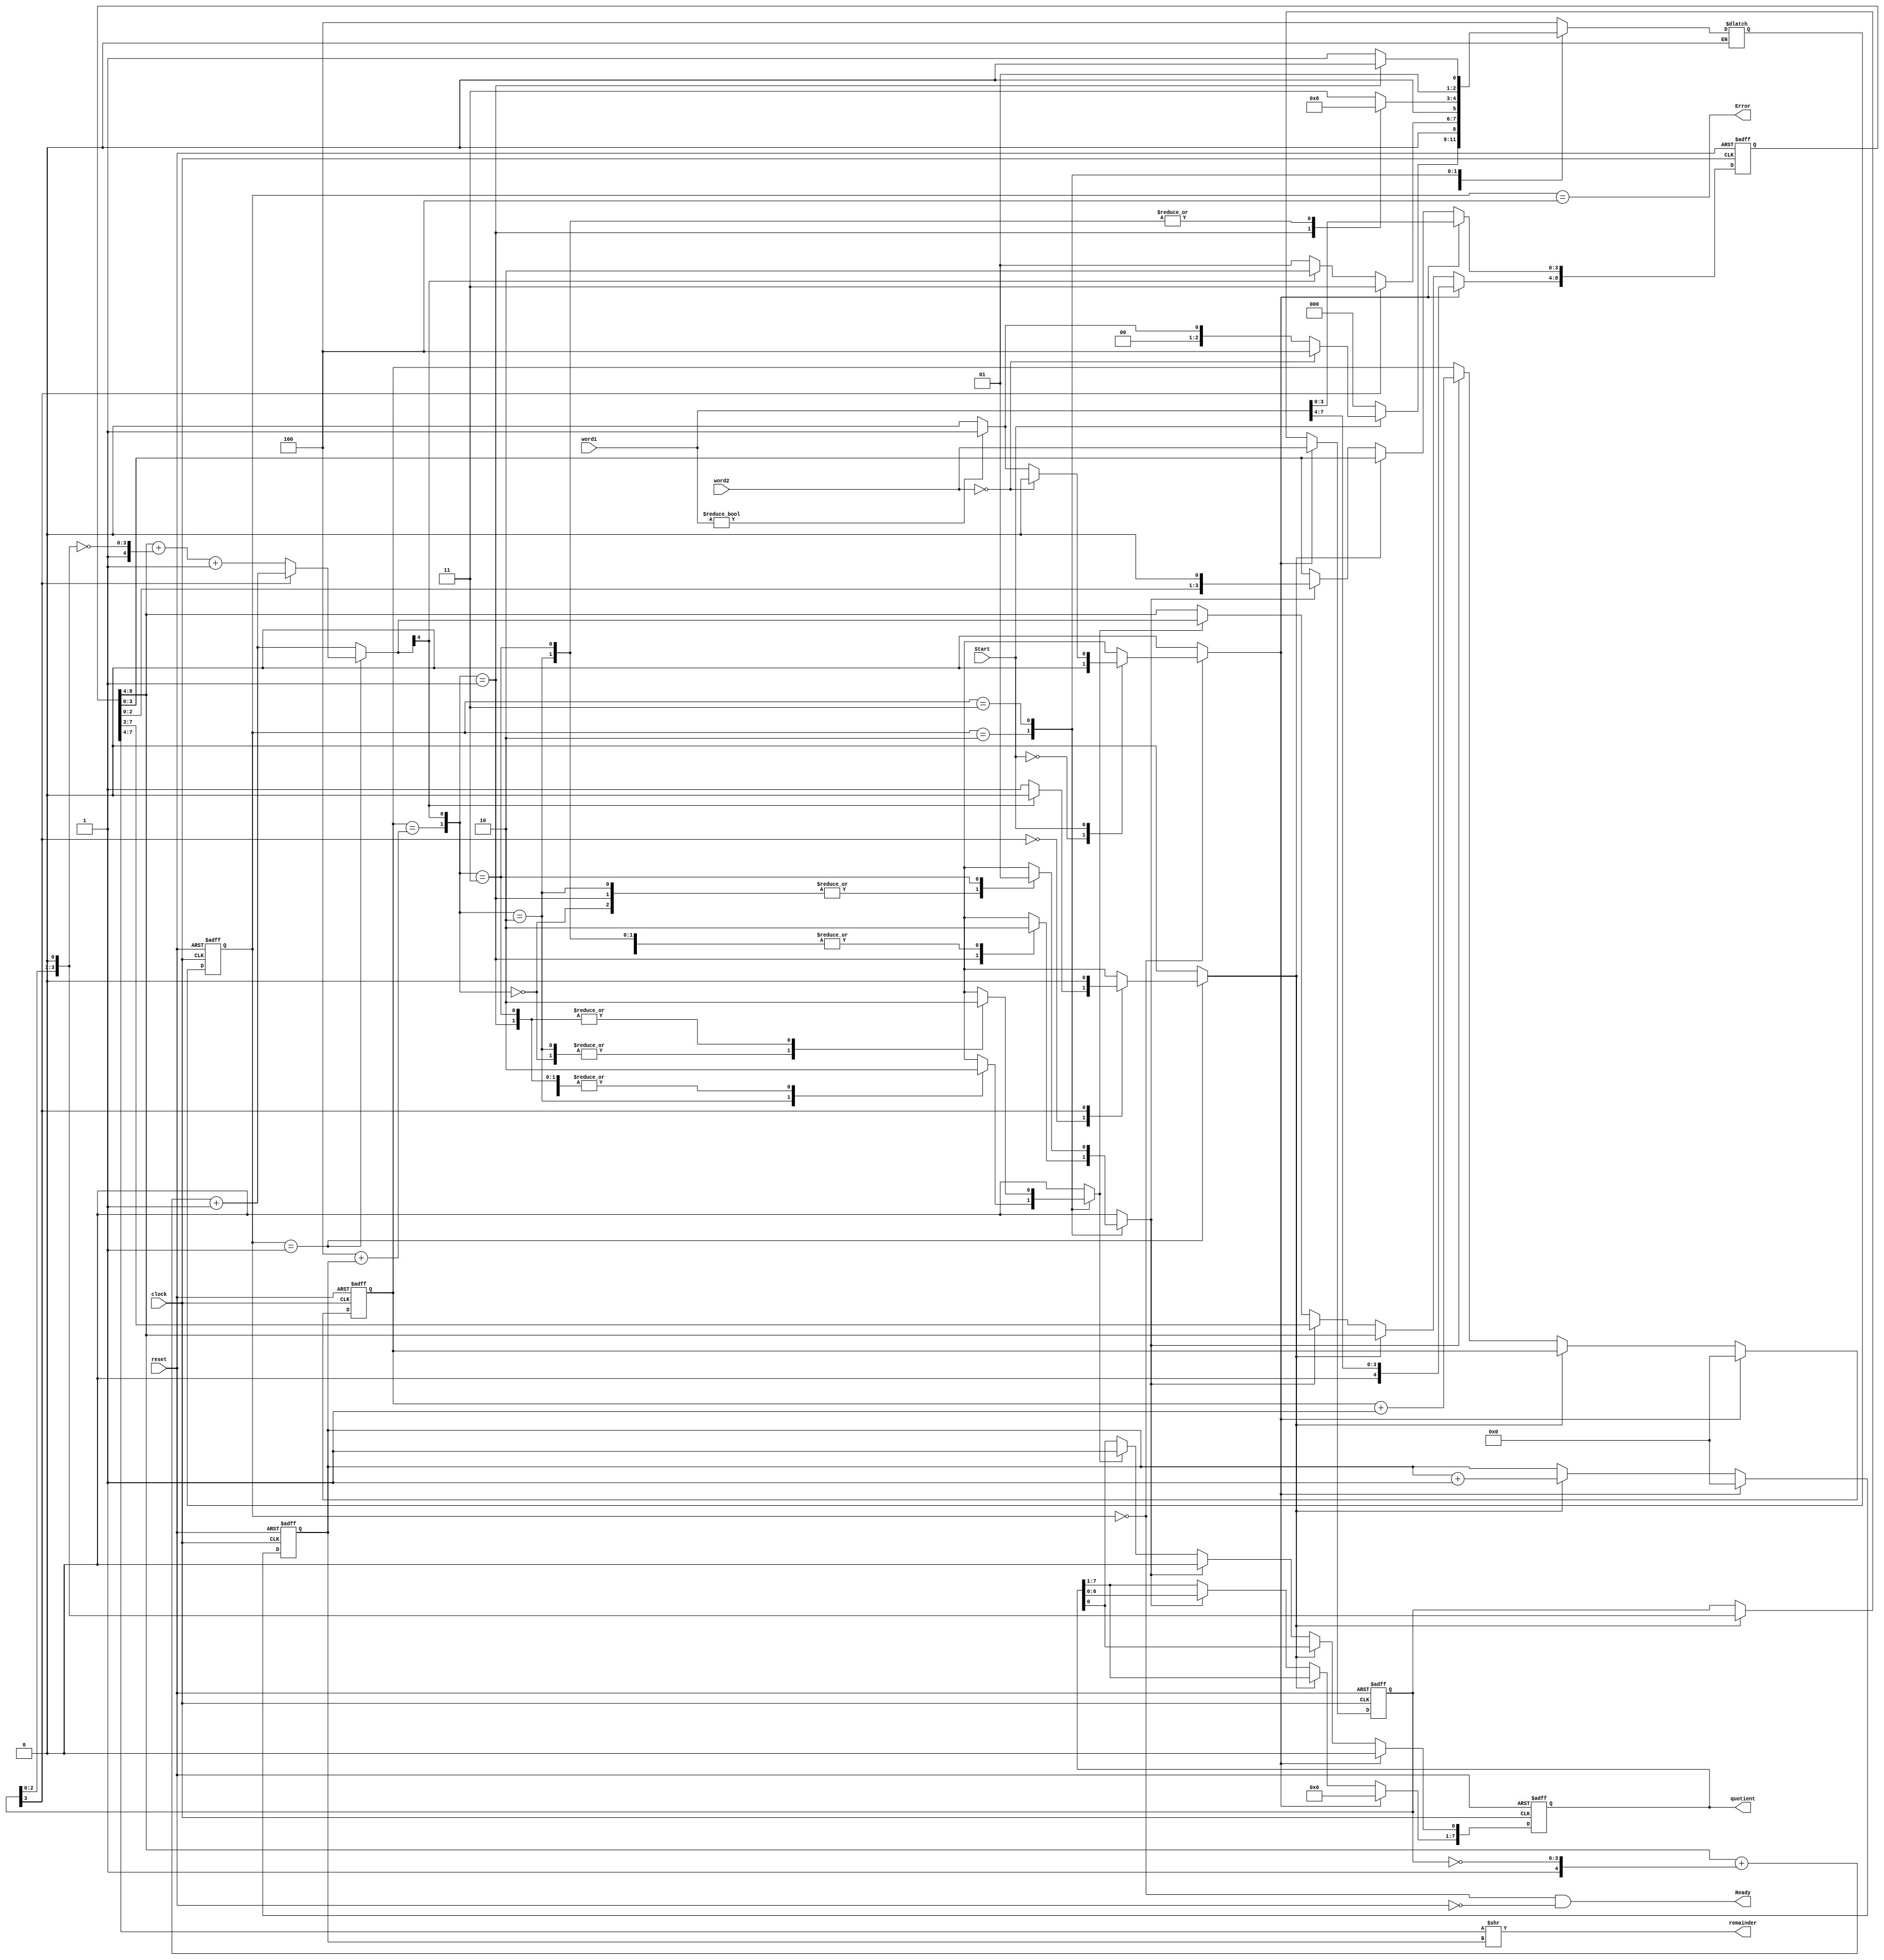
module Divider_STG_1 (quotient, remainder, Ready, Error, word1, word2, Start, clock, reset);
  parameter 	L_divn = 8;
  parameter 	L_divr = 4;			// Choose L_divr <= L_divn
  parameter	S_idle = 0, S_Adivr = 1, S_Adivn = 2, S_div = 3, S_Err = 4;
  parameter 	L_state = 3, L_cnt = 4, Max_cnt = L_divn - L_divr;
  output 	[L_divn -1: 0] 	quotient;
  output 	[L_divn -1: 0]	remainder;
  output 				Ready, Error;
  input 	[L_divn -1: 0] 	word1;				// Datapath for dividend
  input 	[L_divr -1: 0] 	word2;				// Datapath for divisor
  input 				Start, clock, reset;
  reg 	[L_state -1: 0] 	state, next_state;
  reg 				Load_words, Subtract, Shift_dividend, Shift_divisor;
  reg		[L_divn -1: 0]	 quotient;
  reg 	[L_divn: 0] 	dividend;			// Extended dividend
  reg	[L_divr -1: 0]	divisor; 
  reg	[L_cnt -1: 0]	num_shift_dividend, num_shift_divisor;
  reg	[L_divr: 0]	comparison;
  wire	MSB_divr = divisor[L_divr -1];
  wire 	Ready =((state == S_idle) && !reset) ;
  wire	Error = (state == S_Err);
  wire	Max = (num_shift_dividend == Max_cnt + num_shift_divisor );
  wire	sign_bit = comparison[L_divr];

  always @ (state or dividend or divisor or MSB_divr)			// subtract divisor from dividend
    case (state)
      S_Adivr:	if (MSB_divr == 0) comparison 
		= dividend[L_divn: L_divn - L_divr] + {1'b1, ~(divisor << 1)} + 1'b1;
	else comparison = dividend[L_divn: L_divn - L_divr] + {1'b1, ~divisor[L_divr -1:  0]} + 1'b1; 
      default:	comparison = dividend[L_divn: L_divn - L_divr] + {1'b1, ~divisor[L_divr -1:  0]} + 1'b1;
  endcase


   	// Shift the remainder to compensate for alignment shifts 
  assign 	remainder = (dividend[L_divn -1:  L_divn -L_divr]  ) >> num_shift_divisor;

  always @ (posedge clock or posedge reset)  		// State Transitions
    if (reset) state <= S_idle; else state <= next_state; 

  // Next state and control logic

  always 
    @ (state or word1 or word2 or Start or comparison or sign_bit or Max )  begin
    Load_words = 0; Shift_dividend = 0; Shift_divisor  = 0; Subtract = 0; 
    case (state)
      S_idle: 	case (Start) 		  
  	  0:   		next_state = S_idle; 
	  1:		if (word2 == 0) next_state = S_Err; 
			else if (word1) begin next_state = S_Adivr; Load_words = 1; end
			else next_state = S_idle;
	endcase 

      S_Adivr:	case (MSB_divr)
	  0:		if (sign_bit == 0) begin
		  	  next_state = S_Adivr; Shift_divisor = 1;		// can shift divisor
			end
			else if (sign_bit == 1)  begin
		  	  next_state = S_Adivn;				// cannot shift divisor
			end	
	  1:		next_state = S_div; 
	endcase
		
      S_Adivn:	case ({Max, sign_bit})
	  2'b00: 	next_state = S_div; 
	  2'b01: 	begin next_state = S_Adivn; Shift_dividend  = 1; end

	  2'b10: 	begin  next_state = S_idle; Subtract = 1; end
	  2'b11: 	next_state = S_idle;
	endcase
		  		
       S_div:	case ({Max, sign_bit}) 
	  2'b00:	begin next_state = S_div; Subtract = 1; end
	  2'b01:	next_state = S_Adivn;				
	  2'b10:	begin next_state = S_div; Subtract = 1; end
	  2'b11:	begin next_state = S_div; Shift_dividend = 1; end
	endcase
      default:	next_state = S_Err;
    endcase
  end

always @ (posedge clock or posedge reset) begin	// Register/Datapath operations	
    if (reset) begin 
      divisor <= 0; dividend <= 0; quotient <= 0; num_shift_dividend <= 0; num_shift_divisor <= 0;
    end

    else if (Load_words == 1)  
      begin 
        dividend <= word1; 
        divisor <= word2; 
        quotient <= 0; 
        num_shift_dividend <= 0; 
        num_shift_divisor <= 0; 
    end

    else if (Shift_divisor) begin 
      divisor <= divisor << 1; 
      num_shift_divisor <= num_shift_divisor + 1; 
    end

    else if (Shift_dividend) begin
      dividend <= dividend << 1;   
      quotient <= quotient << 1;
      num_shift_dividend <= num_shift_dividend +1;
    end

    else if (Subtract) 
      begin 
        dividend [L_divn: L_divn -L_divr] <= comparison; 
        quotient[0] <= 1; 
      end
    end
endmodule
module test_Divider_STG_1 ();
  parameter L_divn = 8;
  parameter L_divr = 4;
  parameter word_1_max = 255;
  parameter word_1_min = 1;
  parameter word_2_max = 15;
  parameter word_2_min = 1;
  parameter max_time = 850000;
  parameter half_cycle = 10;
  parameter start_duration = 20;
  parameter start_offset = 30;
  parameter delay_for_exhaustive_patterns = 490;
  parameter reset_offset = 50;
  parameter reset_toggle = 5;
  parameter reset_duration = 20;
  parameter word_2_delay = 20;
  wire [L_divn -1: 0] quotient;
  wire [L_divn-1:0] remainder;
  wire Ready, Div_zero;
  integer word1;		// dividend
  integer word2;		// divisor
  reg Start, clock, reset;
  reg [L_divn-1: 0] expected_value;
  reg [L_divn-1:0] expected_remainder;		 
  wire quotient_error, rem_error;
  integer k, m;

  // probes
  wire 	[L_divr-1:0] 	Left_bits = M1.dividend[L_divn-1: L_divn -L_divr];
   
  Divider_STG_1 M1 (quotient, remainder, Ready, Error, word1, word2, Start, clock, reset);

  initial #max_time $finish;
  initial begin clock = 0; forever #half_cycle clock = ~clock; end
  
  initial begin expected_value = 0; expected_remainder = 0;
    forever @ (negedge Ready)  begin    // Form expected values
      #2 if (word2 != 0) begin expected_value = word1 / word2; expected_remainder = word1 % word2; end
     end
  end

  assign quotient_error = (!reset && Ready) ? |(expected_value ^ quotient): 0;
  assign rem_error = (!reset && Ready) ? |(expected_remainder ^ remainder): 0;

  initial begin	// Test for divide by zero detection
    #2 reset = 1;
    #15 reset = 0; Start = 0;
    #10 Start = 1; #5 Start = 0;		
  end

  initial begin 	// Test for recovery from error state on reset and running reset
    #reset_offset reset = 1; #reset_toggle Start = 1; #reset_toggle reset = 0;
    word1 = 0; 
    word2 = 1; 
    while (word2 <= word_2_max) #20 word2 = word2 +1;
     #start_duration Start = 0; 
  end		 
  initial begin 	// Exhaustive patterns
    #delay_for_exhaustive_patterns  
    word1 = word_1_min; while (word1 <= word_1_max) begin			
    word2 = 1; while (word2 <= 15) begin
    #0 Start = 0; 
    #start_offset Start = 1;
    #start_duration Start = 0; 
    @ (posedge Ready) #0;
    word2 = word2 + 1; end  	// divisor pattern
    word1 = word1 + 1; end 	//  dividend pattern
  end 		 
endmodule